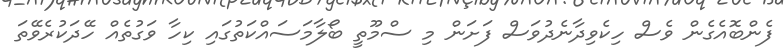
ފެންބޮއެގެން ވެސް ހިކެވިދާނެދުވަސް ފަށަން މި ސްމޫތީ ބޯލާމަސައްކަތުގައި ކިހާ ވަގުތެއް ހޭދަކުރެވޭތަ